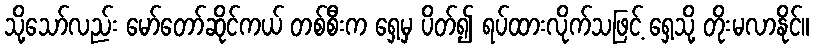
သို့သော်လည်း မော်တော်ဆိုင်ကယ် တစ်စီးက ရှေ့မှ ပိတ်၍ ရပ်ထားလိုက်သဖြင့် ရှေ့သို့ တိုးမလာနိုင်။